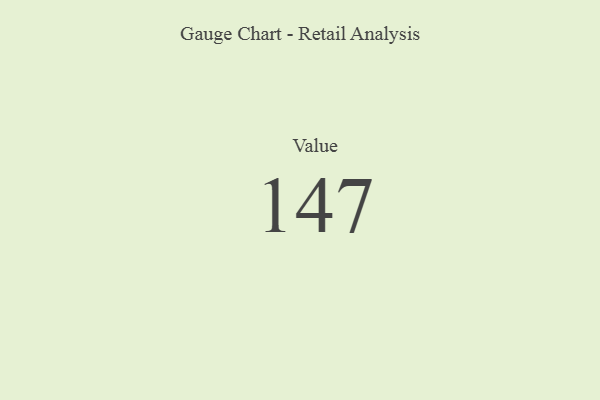
{"axis": {"x": "Metric", "y": "Value"}, "legend": [""], "data": [{"x": "Value", "y": 147, "type": ""}]}